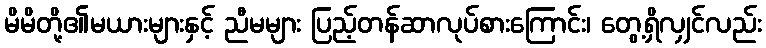
မိမိတို့၏မယားများနှင့် ညီမများ ပြည့်တန်ဆာလုပ်စားကြောင်း၊ တွေ့ရှိလျှင်လည်း